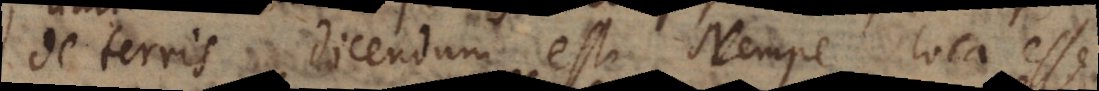
de terris dicendum est. Nempe loca esse,